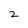
Character: 2